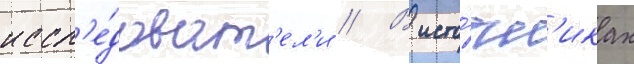
иссл'е́доват'ел'и // В исто́чн'иках